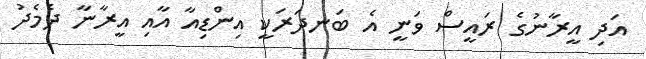
އަދި އީރާނުގެ ރައީސް ވަނީ އެ ބަނދަރަކީ އިންޑިއާ އާއި އީރާނާ ދެމެދު